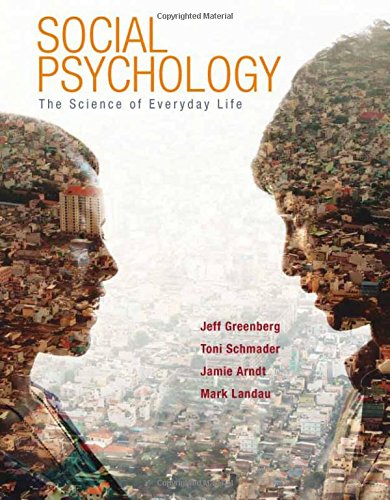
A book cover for Social Psychology: The Science of Everyday Life; Jeff Greenberg; Medical Books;